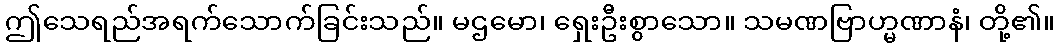
ဤသေရည်အရက်သောက်ခြင်းသည်။ မဌမော၊ ရှေးဦးစွာသော။ သမဏဗြာဟ္မဏာနံ၊ တို့၏။